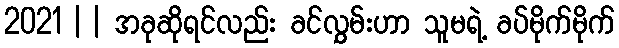
2021 | | အခုဆိုရင်လည်း ခင်လွှမ်းဟာ သူမရဲ့ ခပ်မိုက်မိုက်